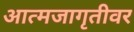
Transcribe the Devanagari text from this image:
आत्मजागृतीवर